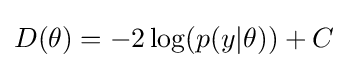
D(\theta )=-2\log(p(y|\theta ))+C